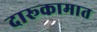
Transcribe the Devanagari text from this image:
दारूकामात